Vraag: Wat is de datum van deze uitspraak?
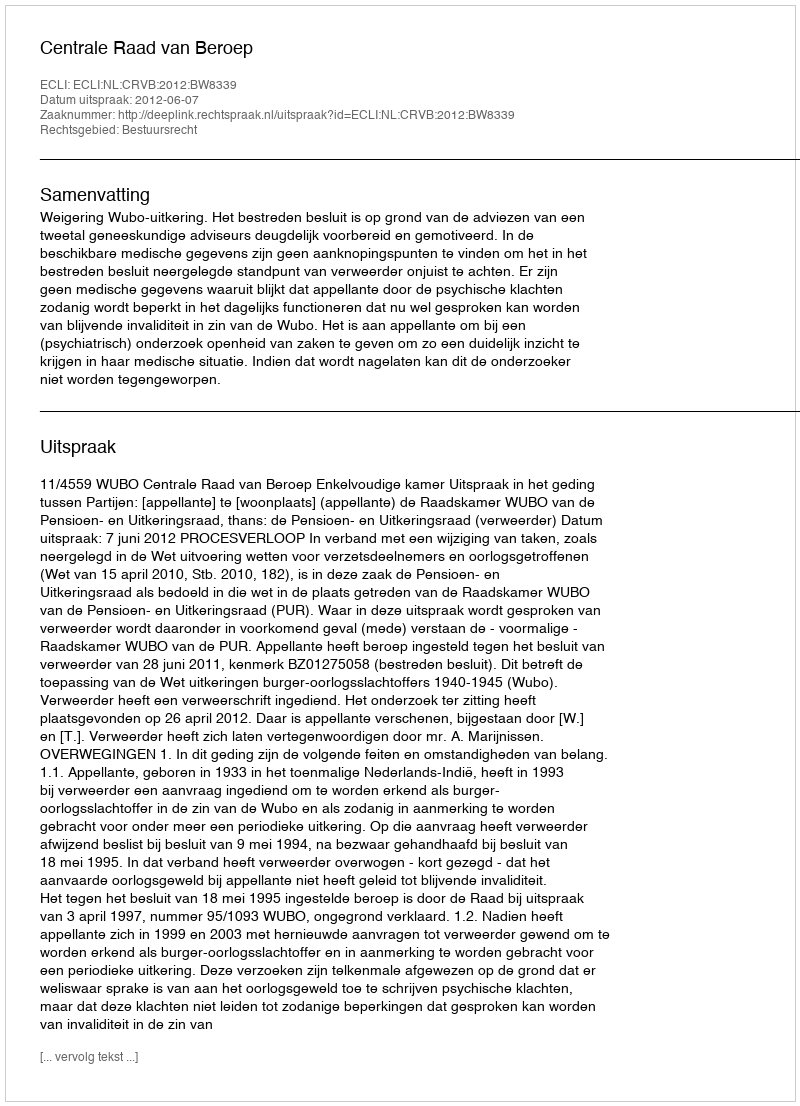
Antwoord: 2012-06-07